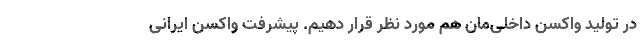
در تولید واکسن داخلی‌مان هم مورد نظر قرار دهیم. پیشرفت واکسن ایرانی